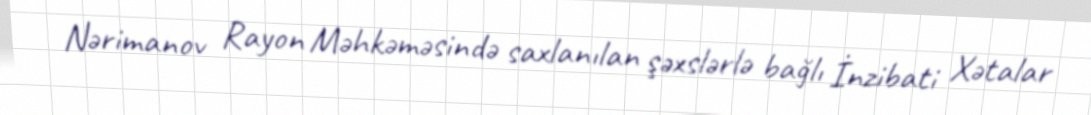
Nərimanov Rayon Məhkəməsində saxlanılan şəxslərlə bağlı İnzibati Xətalar